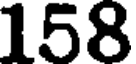
158